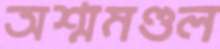
অশ্মমণ্ডল